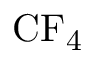
\mathrm { C F _ { 4 } }